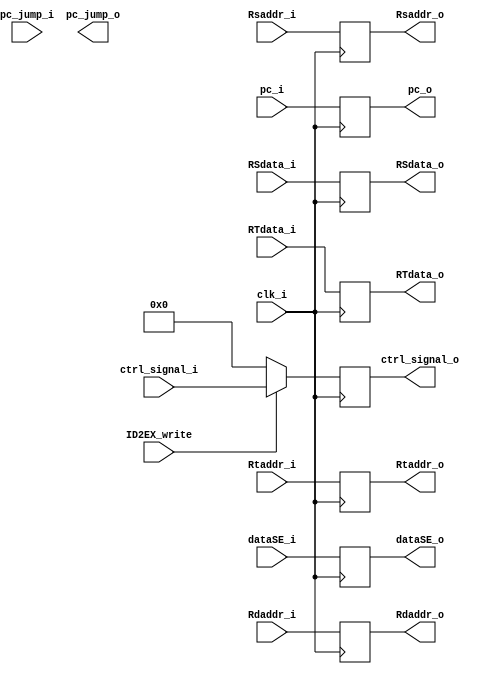
module IDEX( pc_i,pc_jump_i, clk_i, ID2EX_write, ctrl_signal_i, RSdata_i, RTdata_i, dataSE_i, Rsaddr_i, Rtaddr_i, Rdaddr_i, pc_o, pc_jump_o, ctrl_signal_o, RSdata_o, RTdata_o, dataSE_o, Rsaddr_o, Rtaddr_o, Rdaddr_o	);
     
//I/O ports
input clk_i;
input [32-1:0] pc_i;
input [32-1:0] pc_jump_i;
input  [11:0] ctrl_signal_i;
input ID2EX_write;
input [32-1:0] RSdata_i;
input [32-1:0] RTdata_i;
input [32-1:0] dataSE_i;
input [4:0] Rsaddr_i;
input [4:0] Rtaddr_i;
input [4:0] Rdaddr_i;

output reg [32-1:0] pc_o;
output reg [32-1:0] pc_jump_o;
output reg  [11:0] ctrl_signal_o;
output reg [32-1:0] RSdata_o;
output reg [32-1:0] RTdata_o;
output reg [32-1:0] dataSE_o;
output reg [4:0] Rsaddr_o;
output reg [4:0] Rtaddr_o;
output reg [4:0] Rdaddr_o;

//Main function
always @(posedge clk_i) begin
	pc_o <= pc_i;
	if(ID2EX_write)
		ctrl_signal_o <=ctrl_signal_i;
	else
		ctrl_signal_o <=12'b0;
	RSdata_o <=RSdata_i;
	RTdata_o <=RTdata_i;
	dataSE_o <=dataSE_i;
	Rsaddr_o <=Rsaddr_i;
	Rtaddr_o <=Rtaddr_i;
	Rdaddr_o <=Rdaddr_i;
end
    	
	
	
//Initial Memory Contents
initial begin
	pc_o <= 32'b0;
	ctrl_signal_o<=12'b0;
	RSdata_o <=32'b0;
	RTdata_o <=32'b0;
	dataSE_o <=32'b0;
	Rtaddr_o <=5'b0;
	Rtaddr_o <=5'b0;
	Rdaddr_o <=5'b0;
end
endmodule